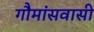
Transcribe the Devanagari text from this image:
गौमांसवासी